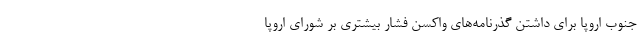
جنوب اروپا برای داشتن گذرنامه‌های واکسن فشار بیشتری بر شورای اروپا